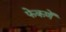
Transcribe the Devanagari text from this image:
फेकणें